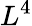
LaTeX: L^{4}